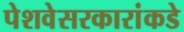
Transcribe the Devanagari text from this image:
पेशवेसरकारांकडे